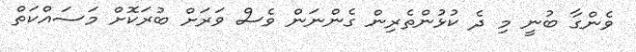
ވެންގާ ބުނީ މި ދެ ކުޅުންތެރިން ގެންނަން ވެސް ވަރަށް ބުރަކޮށް މަސައްކަތް